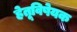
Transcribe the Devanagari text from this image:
हेतूविषेयक